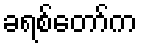
ခရစ်တော်က